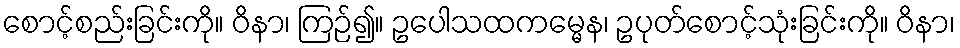
စောင့်စည်းခြင်းကို။ ဝိနာ၊ ကြဉ်၍။ ဥပေါသထကမ္မေန၊ ဥပုတ်စောင့်သုံးခြင်းကို။ ဝိနာ၊